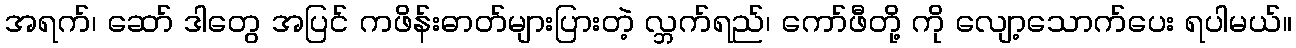
အရက်၊ ဆော် ဒါတွေ အပြင် ကဖိန်းဓာတ်များပြားတဲ့ လ္ဘက်ရည်၊ ကော်ဖီတို့ ကို လျော့သောက်ပေး ရပါမယ်။